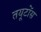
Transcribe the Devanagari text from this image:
तयूटोंस